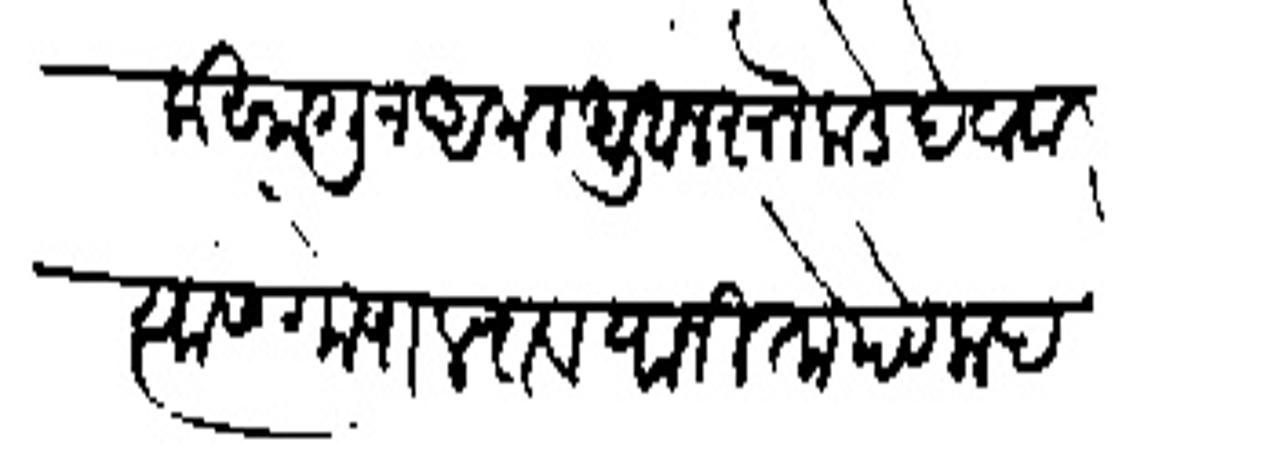
Transliteration (Devanagari): याजला सांगून अंमल उचनरनेकडे देवावा त्यांस गोपालराव यानी तो पेटलाद